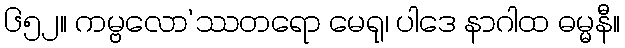
၆၅၂။ ကမ္ဗလော’ဿတရော မေရု၊ ပါဒေ နာဂါထ ဓမ္မနီ။